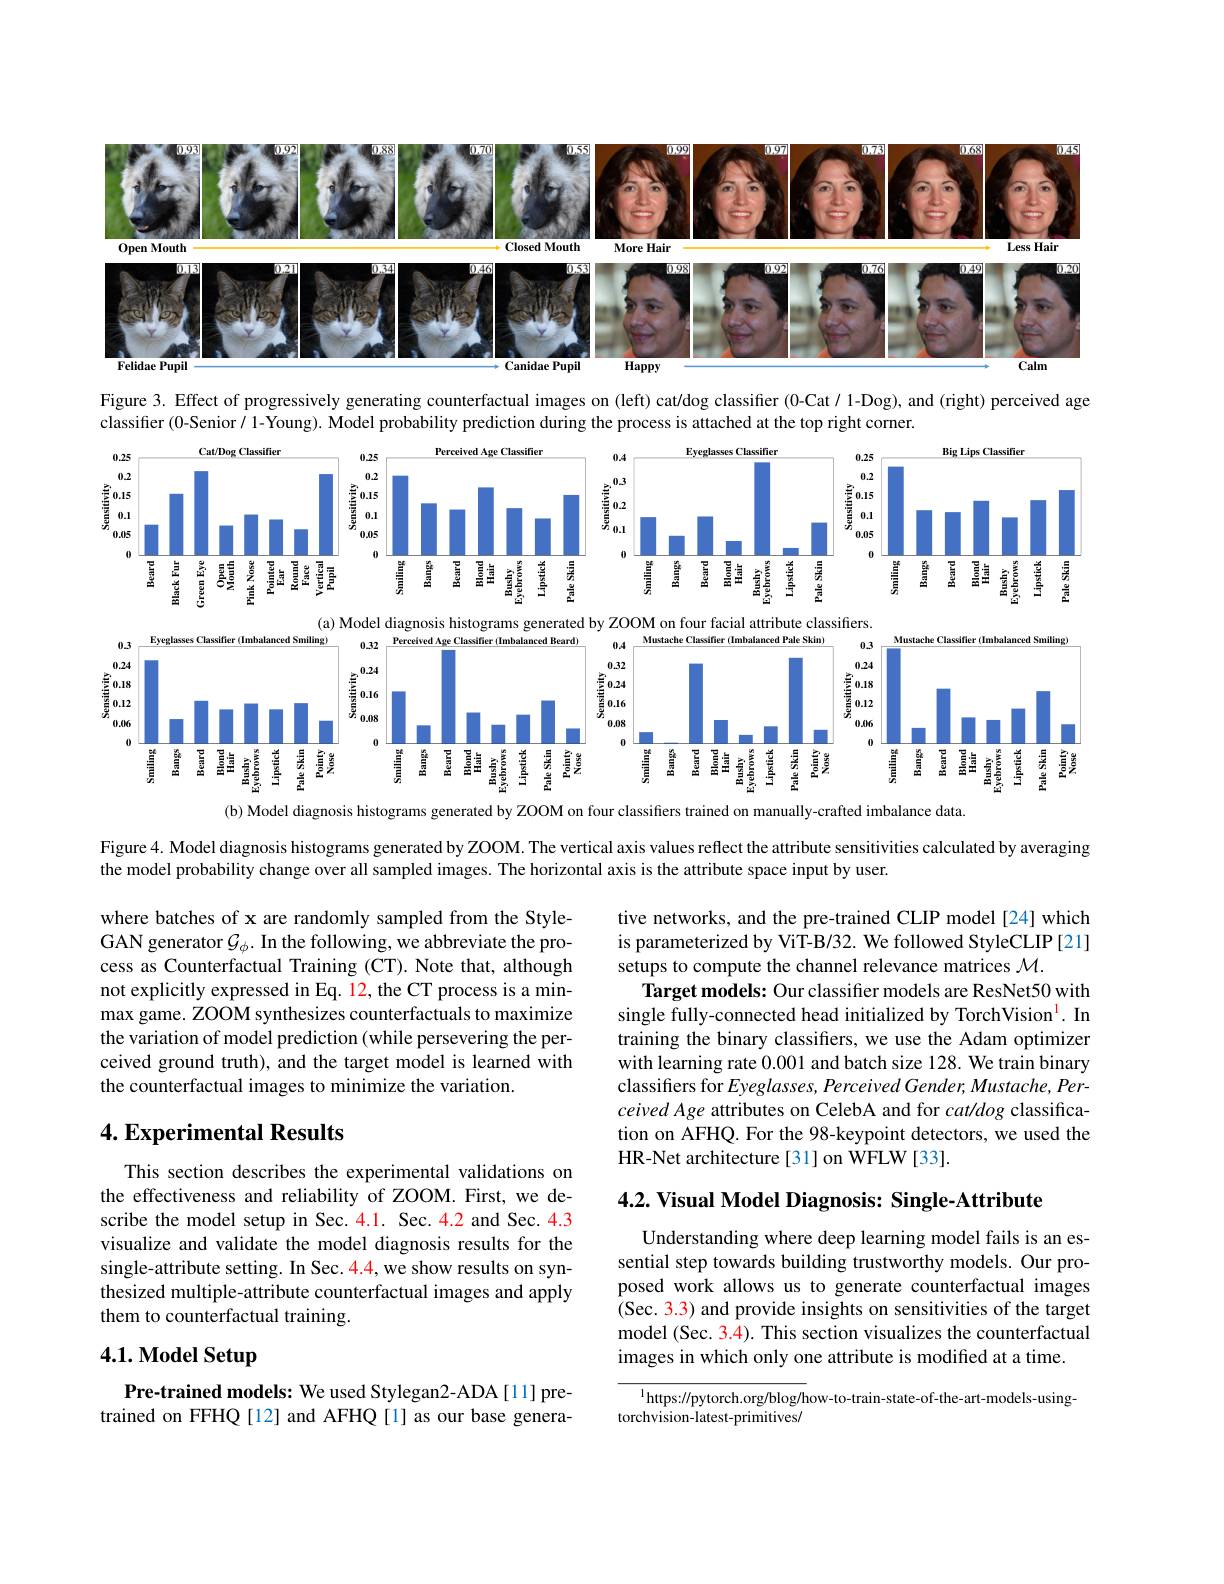
<FigureHere>

Figure 3. Effect of progressively generating counterfactual images on (left) cat/dog classifier (0-Cat/1-Dog), and (right) perceived age

classifier (0-Senior/ 1- Young). Model probability prediction during the process is attached at the top right corner.

<FigureHere>

(a) Model diagnosis histograms generated by ZOOM on four facial attribute classifiers

<FigureHere>

(b) Model diagnosis histograms generated by ZOOM on four classifiers trained on manually-crafted imbalance data

Figure 4. Model diagnosis histograms generated by ZOOM. The vertical axis values reflect the attribute sensitivities calculated by averaging

the model probability change over all sampled images. The horizontal axis is the attribute space input by user.

where batches of x are randomly sampled from the StyleGAN generator $\mathcal{G}_\phi.$ In the following, we abbreviate the process as Counterfactual Training (CT). Note that, although not explicitly expressed in Eq. 12, the CT process is a minmax game. ZOOM synthesizes counterfactuals to maximize the variation of model prediction (while persevering the perceived ground truth), and the target model is learned with the counterfactual images to minimize the variation.

tive networks, and the pre-trained CLIP model[24] which is parameterized by ViT-B/32. We followed StyleCLIP[21] setups to compute the channel relevance matrices $\mathcal{M}.$
Target models: Our classifier models are ResNet50 with single fully-connected head initialized by TorchVision$^{\mathrm{l}}.$ In training the binary classifiers, we use the Adam optimizer with learning rate 0.001 and batch size 128. We train binary classifiers for $Eyeglasses$, Perceived Gender, Mustache, Perceived Age attributes on CelebA and for cat/dog classification on AFHQ. For the 98-keypoint detectors, we used the HR-Net architecture[31] on WFLW[33].

## 4. Experimental Results

$4. 2. \textbf{ Visual Model Diagnosis: Single- Attribute}$

This section describes the experimental validations on the effectiveness and reliability of ZOOM. First, we describe the model setup in Sec.4.1. Sec.4.2 and Sec.4.3 visualize and validate the model diagnosis results for the single-attribute setting. In Sec. 4.4, we show results on synthesized multiple-attribute counterfactual images and apply them to counterfactual training.

Understanding where deep learning model fails is an essential step towards building trustworthy models. Our proposed work allows us to generate counterfactual images (Sec. 3.3) and provide insights on sensitivities of the target model (Sec. 3.4). This section visualizes the counterfactual images in which only one attribute is modified at a time.

# 4.1. Model Setup

$^{1}$https://pytorch.org/blog/how-to-train-state-of-the-art-models-using-
torchvision-latest-primitives/

Pre-trained models: We used Stylegan2-ADA[11]pretrained on FFHQ[12] and AFHQ[1] as our base genera-